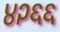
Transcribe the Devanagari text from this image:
४२६६